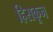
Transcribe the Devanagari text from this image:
हिसकून